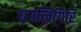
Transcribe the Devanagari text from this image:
धउलिगिरि